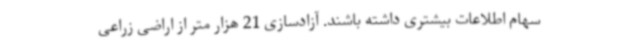
سهام اطلاعات بیشتری داشته باشند. آزادسازی 21 هزار متر از اراضی زراعی